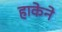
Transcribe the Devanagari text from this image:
हाकेने